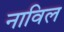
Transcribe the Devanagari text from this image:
नाविल